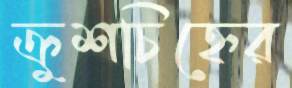
ক্রুশচিহ্নের